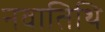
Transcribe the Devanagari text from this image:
नवातिथि